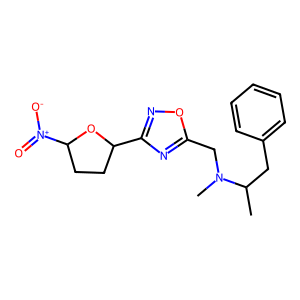
SMILES: CC(Cc1ccccc1)N(C)Cc1nc(C2CCC([N+](=O)[O-])O2)no1
Inhibits HIV replication: No